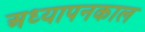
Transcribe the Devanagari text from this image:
अध्यापनकाल